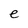
Character: e